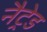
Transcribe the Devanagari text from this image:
नैट्रेड